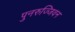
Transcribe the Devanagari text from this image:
पुनरुज्जिवन